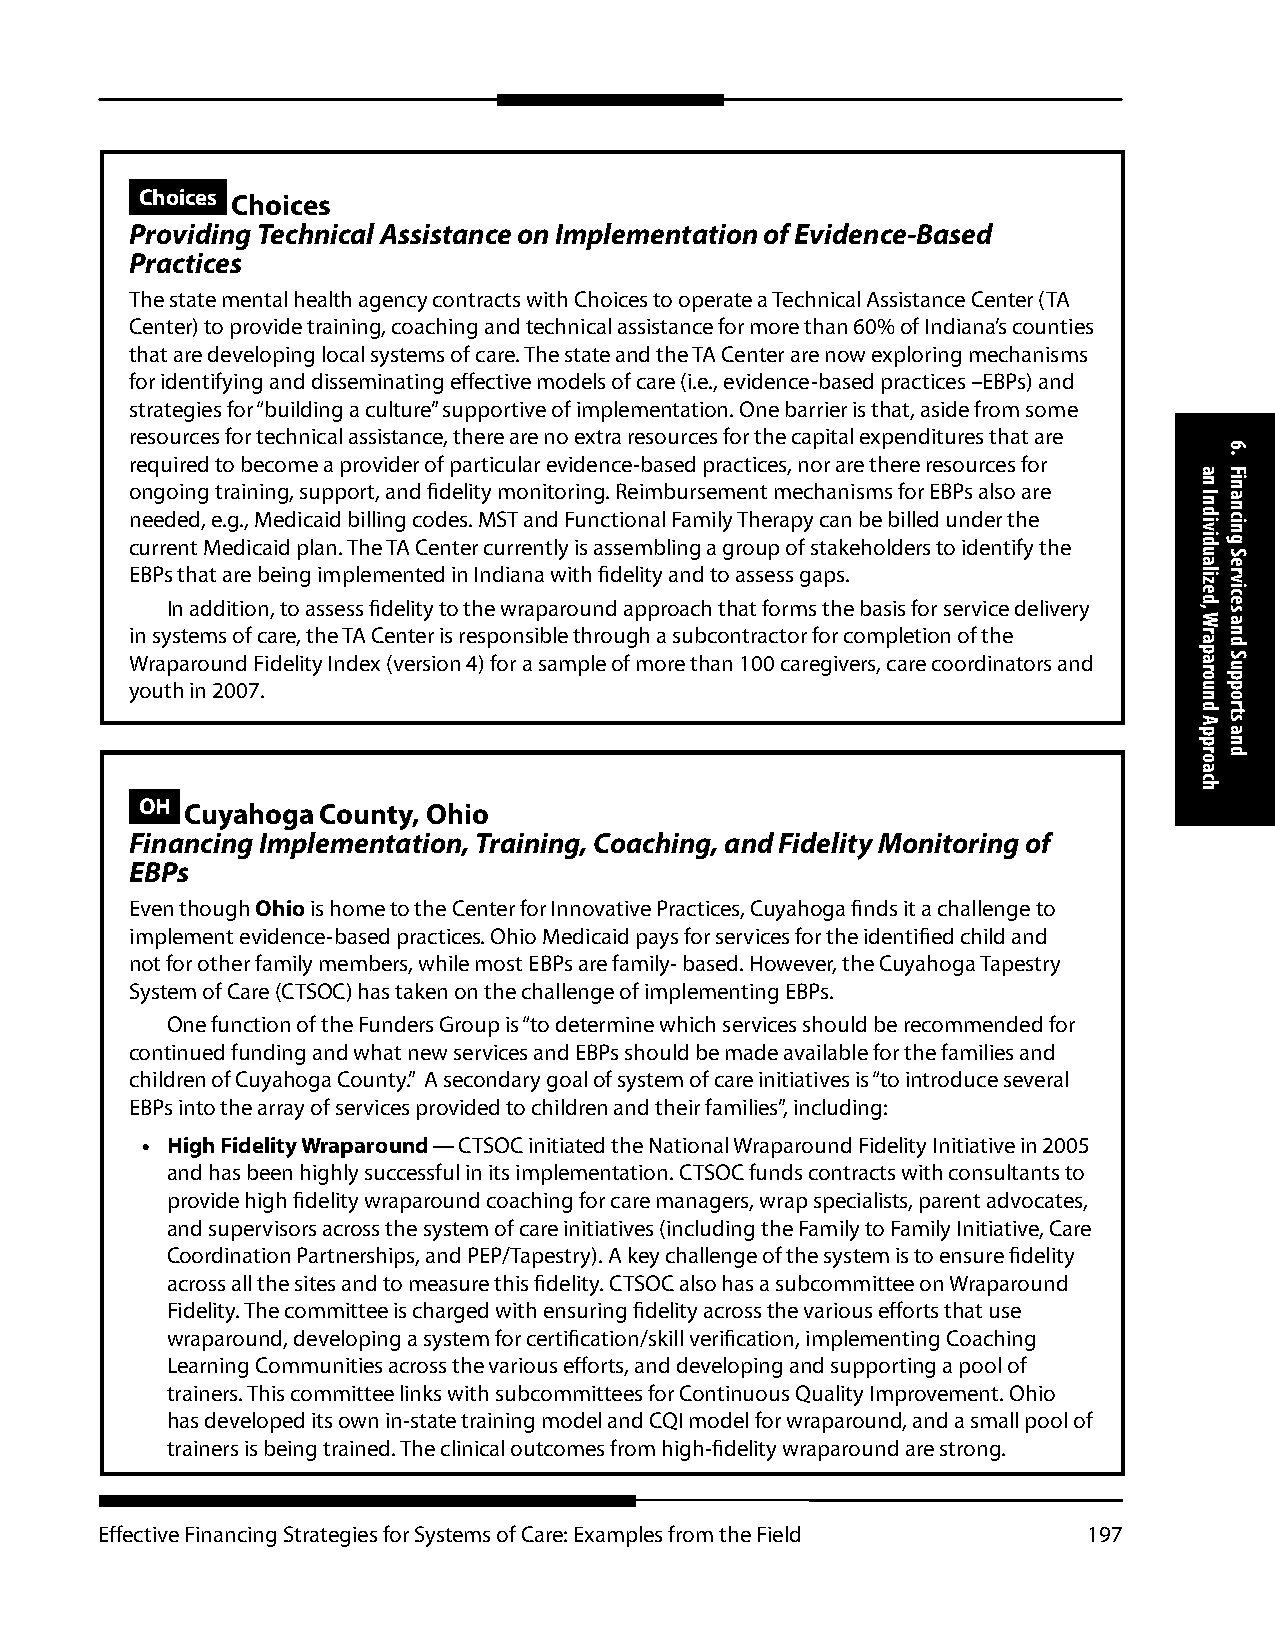
Choices Choices
 Providing Technical Assistance on Implementation of Evidence-Based
 Practices
 The state mental health agency contracts with Choices to operate a Technical Assistance Center (TA
 Center) to provide training, coaching and technical assistance for more than 60% of Indiana’s counties
 that are developing local systems of care. The state and the TA Center are now exploring mechanisms
 for identifying and disseminating effective models of care (i.e., evidence-based practices –EBPs) and
 strategies for “building a culture” supportive of implementation. One barrier is that, aside from some
 resources for technical assistance, there are no extra resources for the capital expenditures that are
 required to become a provider of particular evidence-based practices, nor are there resources for
 ongoing training, support, and fidelity monitoring. Reimbursement mechanisms for EBPs also are
 needed, e.g., Medicaid billing codes. MST and Functional Family Therapy can be billed under the
 current Medicaid plan. The TA Center currently is assembling a group of stakeholders to identify the
 EBPs that are being implemented in Indiana with fidelity and to assess gaps.
 In addition, to assess fidelity to the wraparound approach that forms the basis for service delivery
 in systems of care, the TA Center is responsible through a subcontractor for completion of the
 Wraparound Fidelity Index (version 4) for a sample of more than 100 caregivers, care coordinators and
 youth in 2007.
 OH Cuyahoga County, Ohio
 Financing Implementation, Training, Coaching, and Fidelity Monitoring of
 EBPs
 Even though Ohio is home to the Center for Innovative Practices, Cuyahoga finds it a challenge to
 implement evidence-based practices. Ohio Medicaid pays for services for the identified child and
 not for other family members, while most EBPs are family- based. However, the Cuyahoga Tapestry
 System of Care (CTSOC) has taken on the challenge of implementing EBPs.
 One function of the Funders Group is “to determine which services should be recommended for
 continued funding and what new services and EBPs should be made available for the families and
 children of Cuyahoga County.” A secondary goal of system of care initiatives is “to introduce several
 EBPs into the array of services provided to children and their families”, including:
 • High Fidelity Wraparound — CTSOC initiated the National Wraparound Fidelity Initiative in 2005
 and has been highly successful in its implementation. CTSOC funds contracts with consultants to
 provide high fidelity wraparound coaching for care managers, wrap specialists, parent advocates,
 and supervisors across the system of care initiatives (including the Family to Family Initiative, Care
 Coordination Partnerships, and PEP/Tapestry). A key challenge of the system is to ensure fidelity
 across all the sites and to measure this fidelity. CTSOC also has a subcommittee on Wraparound
 Fidelity. The committee is charged with ensuring fidelity across the various efforts that use
 wraparound, developing a system for certification/skill verification, implementing Coaching
 Learning Communities across the various efforts, and developing and supporting a pool of
 trainers. This committee links with subcommittees for Continuous Quality Improvement. Ohio
 has developed its own in-state training model and CQI model for wraparound, and a small pool of
 trainers is being trained. The clinical outcomes from high-fidelity wraparound are strong.
 Effective Financing Strategies for Systems of Care: Examples from the Field 197
 an
 Individualized,
 Wraparound
 Approach
 6.
 Financing
 Services
 and
 Supports
 and